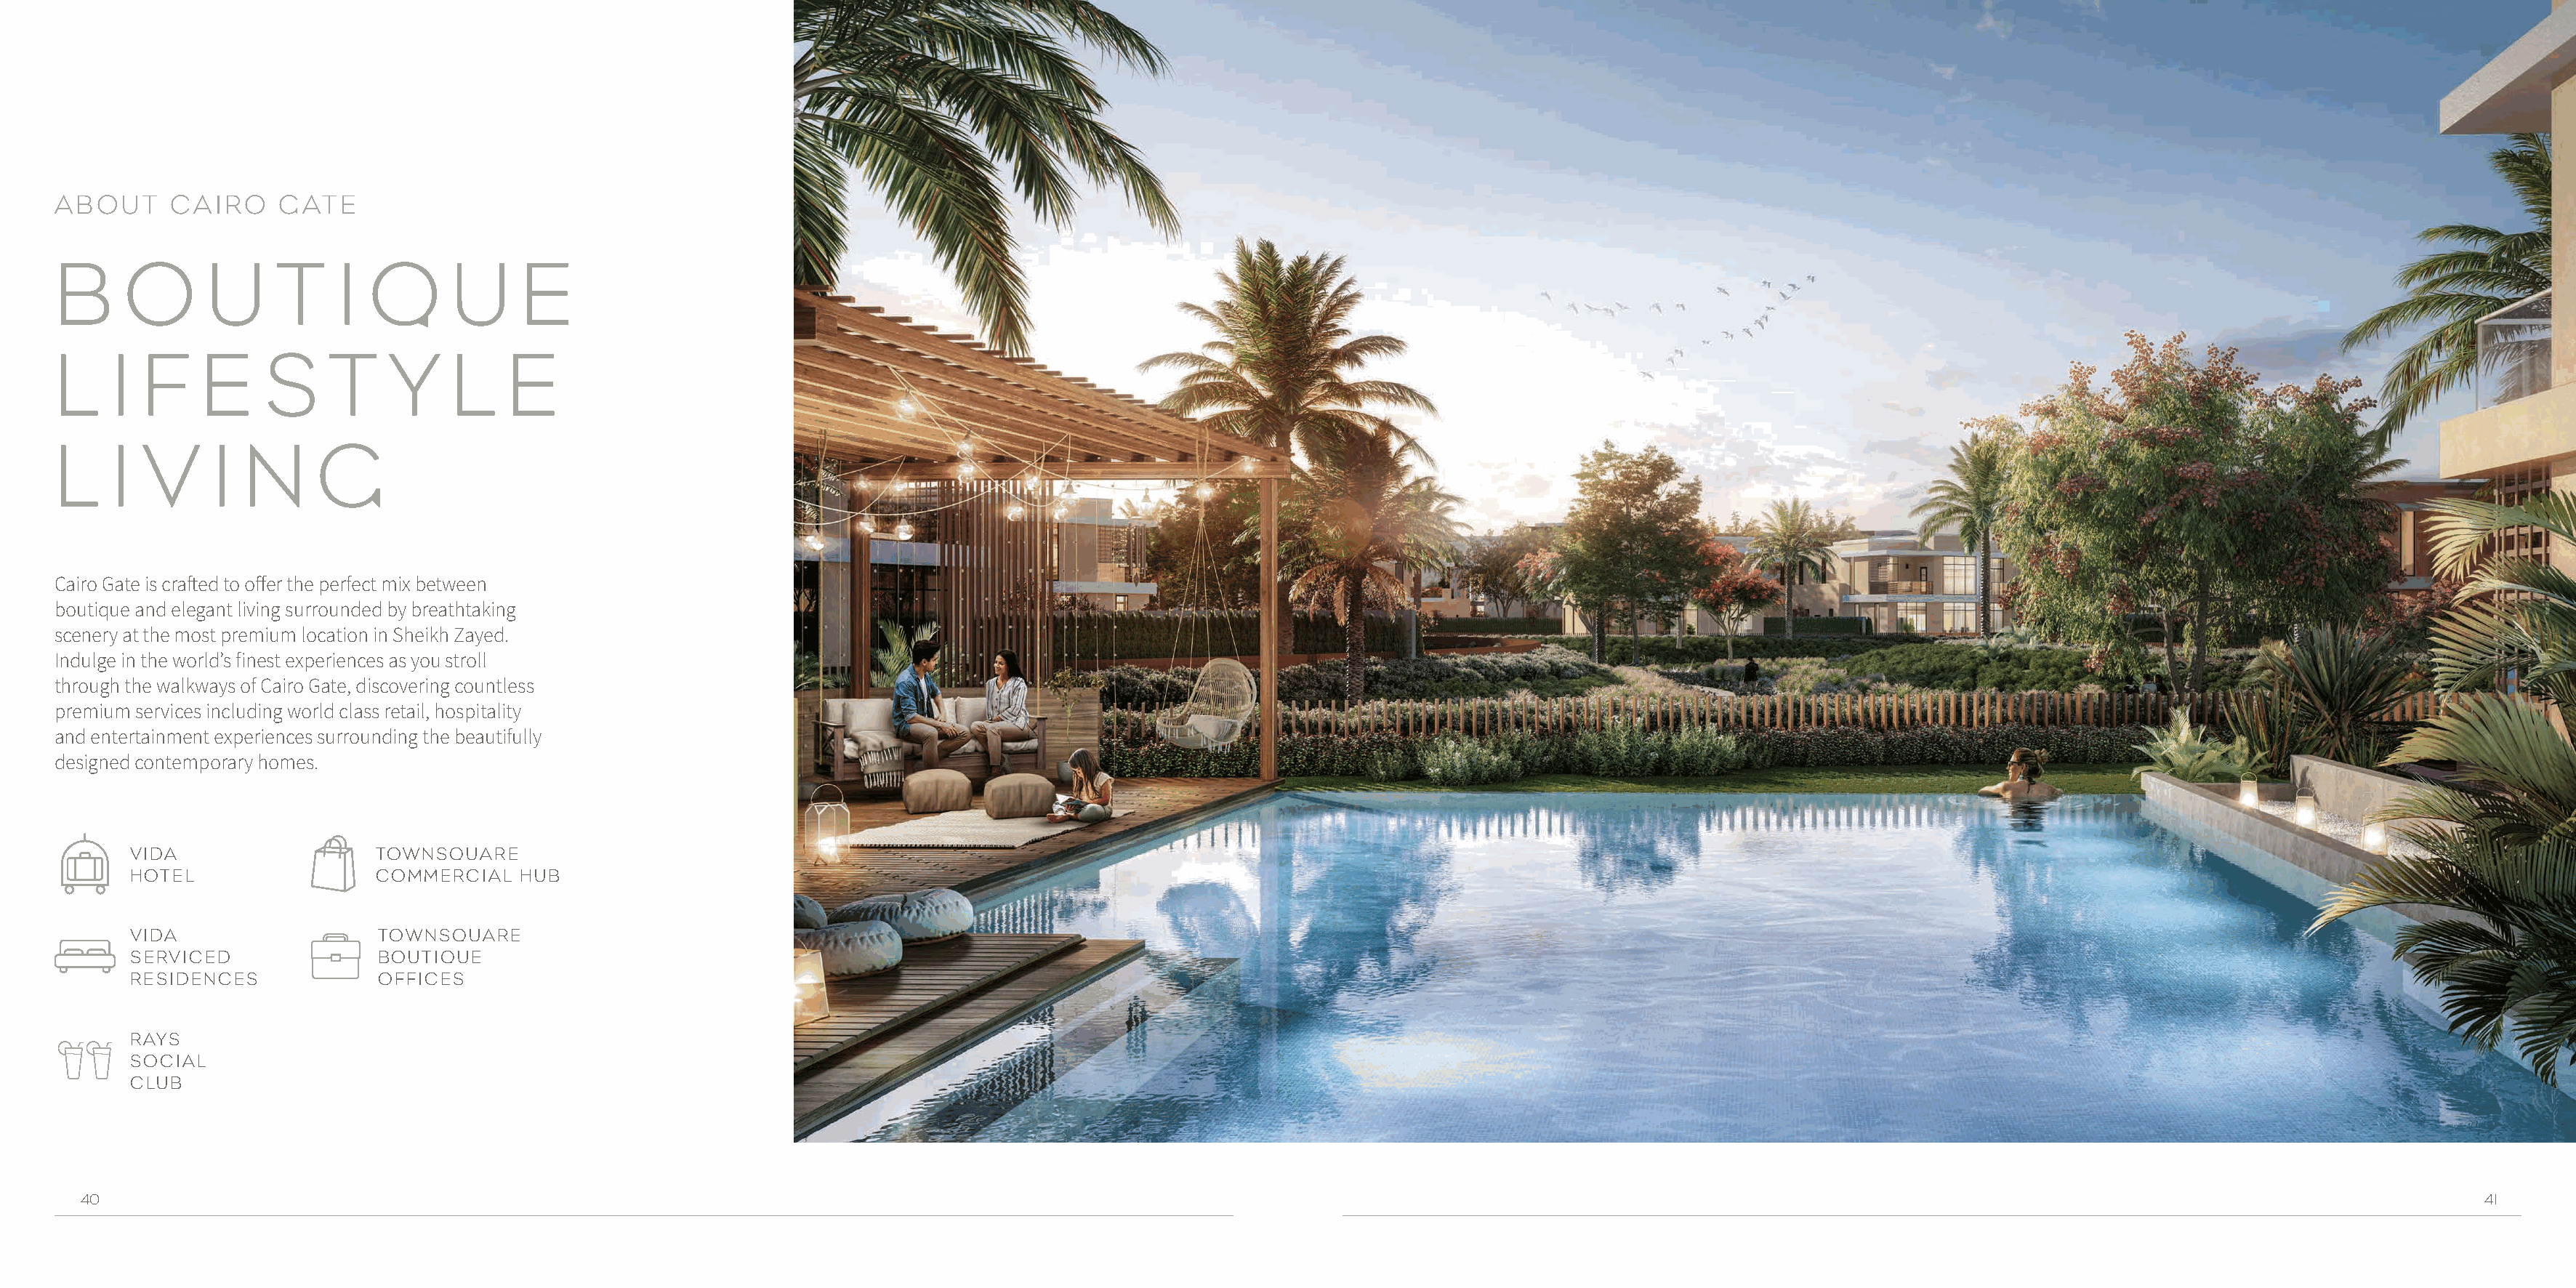
ABOUT      CAIRO    GATE
 B     O       U     T     I  Q      U     E
 L    I  F    E     S     T    Y     L    E
 L    I  V     I  N      G
 Cairo Gate is crafted to offer the perfect mix between
 boutique and elegant living surrounded by breathtaking
 scenery at the most premium location in Sheikh Zayed.
 Indulge in the world’s finest experiences as you stroll
 through the walkways of Cairo Gate, discovering countless
 premium services including world class retail, hospitality
 and entertainment experiences surrounding the beautifully
 designed contemporary homes.
 VIDA                  TOWNSQUARE
 HOTEL                 COMMERCIAL   HUB
 VIDA                  TOWNSQUARE
 SERVICED              BOUTIQUE
 RESIDENCES            OFFICES
 RAYS
 SOCIAL
 CLUB
 40                                                                                                                                                                                                                         41